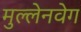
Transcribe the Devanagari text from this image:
मुल्लेनवेग